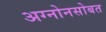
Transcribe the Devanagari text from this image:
अग्नोनसोबत